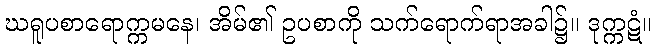
ဃရူပစာရောက္ကမနေ၊ အိမ်၏ ဥပစာကို သက်ရောက်ရာအခါ၌။ ဒုက္ကဋံ။